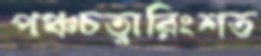
পঞ্চচত্বারিংশত